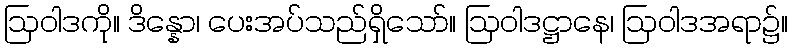
ဩဝါဒကို။ ဒိန္နော၊ ပေးအပ်သည်ရှိသော်။ ဩဝါဒဋ္ဌာနေ၊ ဩဝါဒအရာ၌။